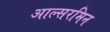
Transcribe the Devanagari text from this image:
आल्सरमिन